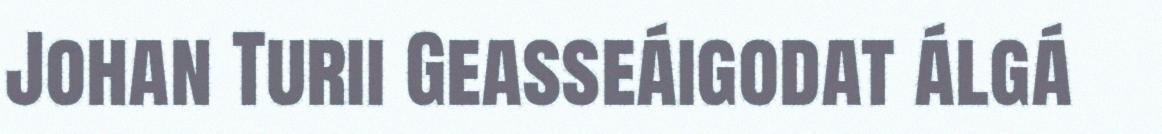
Johan Turii Geasseáigodat álgá